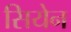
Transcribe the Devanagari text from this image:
सियेन